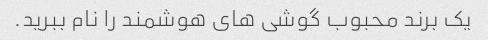
یک برند محبوب گوشی های هوشمند را نام ببرید.